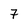
Character: 7